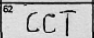
Transcription: CCT